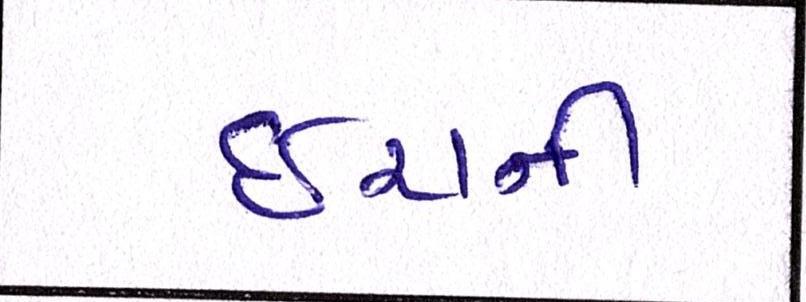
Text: ઇરાની